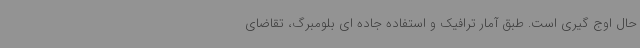
حال اوج گیری است. طبق آمار ترافیک و استفاده جاده ای بلومبرگ، تقاضای